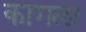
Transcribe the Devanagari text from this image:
कागला